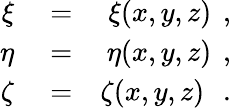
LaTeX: \begin{array}{rlr}{\xi}&{{}=}&{\xi{\left(x,y,z\right)}\, \mathrm{~,~}}\\ {\eta}&{{}=}&{\eta{\left(x,y,z\right)}\, \mathrm{~,~}}\\ {\zeta}&{{}=}&{\zeta{\left(x,y,z\right)}\ \, \mathrm{~.~}}\end{array}